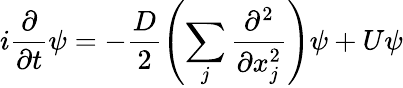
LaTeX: i\frac{\partial}{\partial t}\psi=-\frac{D}{2}\left(\sum_{j}\frac{\partial^{2}}{\partial x_{j}^{2}}\right)\psi+U\psi